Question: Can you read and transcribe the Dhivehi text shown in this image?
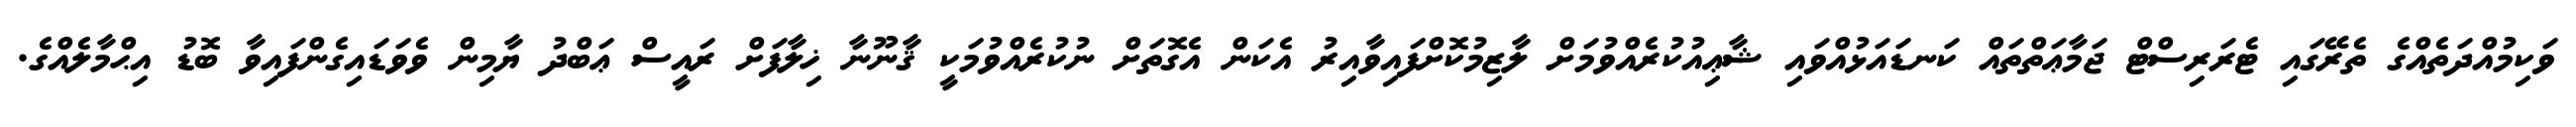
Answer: ވަކިމުއްދަތެއްގެ ތެރޭގައި ޓެރަރިސްޓް ޖަމާޢަތްތައް ކަނޑައަޅުއްވައި ޝާޢިއުކުރެއްވުމަށް ލާޒިމުކޮށްފައިވާއިރު އެކަން އެގޮތަށް ނުކުރެއްވުމަކީ ޤާނޫނާ ޚިލާފަށް ރައީސް ޢަބްދު ޔާމިން ވެވަޑައިގެންފައިވާ ބޮޑު އިޙްމާލެއްގެ.